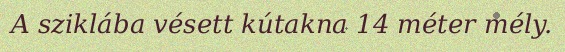
A sziklába vésett kútakna 14 méter mély.